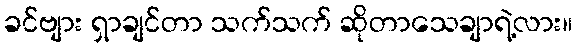
ခင်ဗျား ရှာချင်တာ သက်သက် ဆိုတာသေချာရဲ့လား။